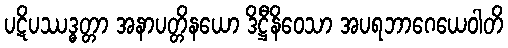
ပဋိပဿဒ္ဓတ္တာ အနာပတ္တိနယော ဒိဋ္ဌီနိဝေသာ အပရဘာဂေယေဝါတိ